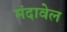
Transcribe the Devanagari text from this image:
मंदावेल